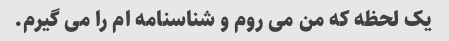
یک لحظه که من می روم و شناسنامه ام را می گیرم.